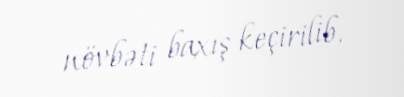
növbəti baxış keçirilib.